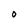
Character: 0